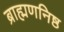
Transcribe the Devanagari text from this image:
ब्राह्मणनिष्ठ